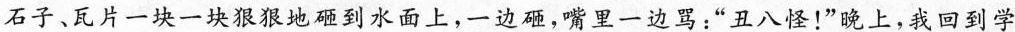
石子、瓦片一块一块狠狠地砸到水面上，一边砸，嘴里一边骂：”丑八怪！”晚上，我回到学